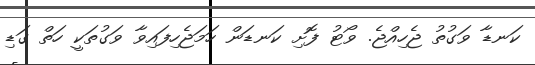
ކަނޑާ ވަގުތު ޖެހިއްޖެ. ވޯޓު ފޮށި ކަނޑަން ހަމަޖެހިފައިވާ ވަގުތަކީ ހަތް ގަޑި